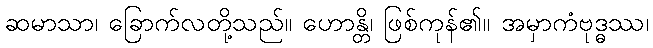
ဆမာသာ၊ ခြောက်လတို့သည်။ ဟောန္တိ၊ ဖြစ်ကုန်၏။ အမှာကံဗုဒ္ဓဿ၊